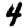
Digit: 4